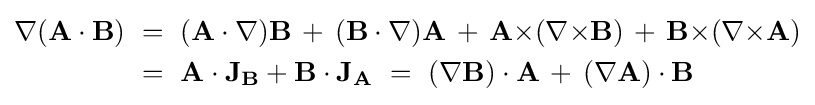
{\begin{aligned}\nabla (\mathbf {A} \cdot \mathbf {B} )&\ =\ (\mathbf {A} \cdot \nabla )\mathbf {B} \,+\,(\mathbf {B} \cdot \nabla )\mathbf {A} \,+\,\mathbf {A} {\times }(\nabla {\times }\mathbf {B} )\,+\,\mathbf {B} {\times }(\nabla {\times }\mathbf {A} )\\&\ =\ \mathbf {A} \cdot \mathbf {J} _{\mathbf {B} }+\mathbf {B} \cdot \mathbf {J} _{\mathbf {A} }\ =\ (\nabla \mathbf {B} )\cdot \mathbf {A} \,+\,(\nabla \mathbf {A} )\cdot \mathbf {B} \end{aligned}}